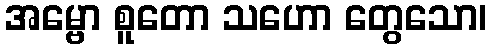
အမ္ဗော စူတော သဟော တွေသော၊